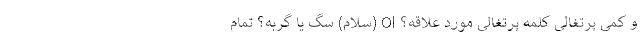
و کمی پرتغالی کلمه پرتغالی مورد علاقه؟ Ol (سلام) سگ یا گربه؟ تمام